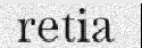
retia